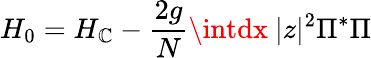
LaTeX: H_{0}=H_{\mathbb{C}}-\frac{{2g}}{{N}}\intdx~|z|^{2}\Pi^{*}\Pi